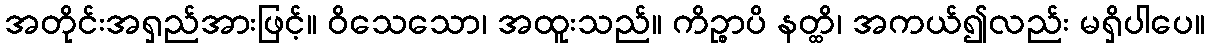
အတိုင်းအရှည်အားဖြင့်။ ဝိသေသော၊ အထူးသည်။ ကိဉ္စာပိ နတ္ထိ၊ အကယ်၍လည်း မရှိပါပေ။